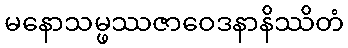
မနောသမ္ဖဿဇာဝေဒနာနိဿိတံ